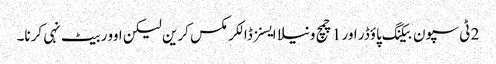
2 ٹی سپون بیکنگ پاؤڈر اور 1 چمچ ونیلا ایسنز ڈالکر مکس کرین لیکن اوور بیٹ نہی کرنا۔